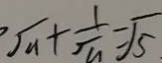
\sqrt { a } + \frac { 1 } { \sqrt { a } } = \sqrt { 5 }